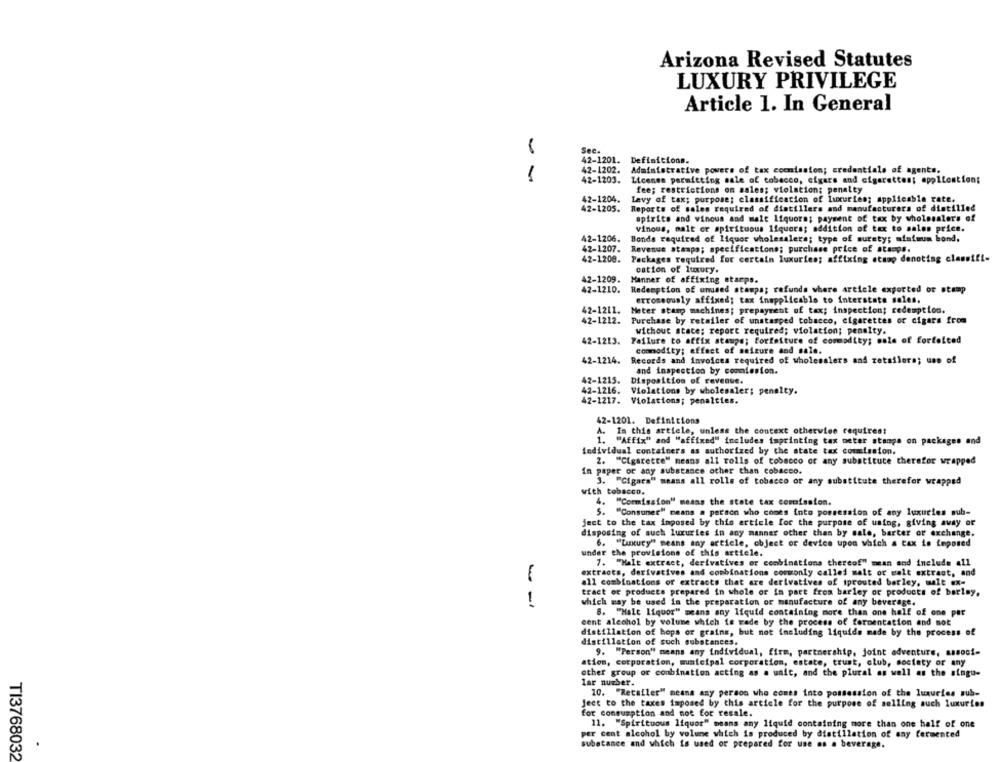
Arizona Revised Statutes
LUXURY PRIVILEGE
Article 1. In General
Sec.
42-1201. Definitions.
42-1202.
Administrative powers of tax commission; credentials of agents,
42-1203.
License permitting sale of tobacco, cigars and cigarettes; application;
fee; restrictions on sales; violation; penalty
42-1204.
Lavy of tax; purpose; classification of luxuries; applicable rate.
42-1205.
Reports of sales required of distillers and manufacturers of distilled
spirits and vinous and male liquore; payment of tax by wholesalers of
Vinous, malt or spirituous liquors; addition of tax to sales price.
42-1206.
Bonds required of liquor wholesalers; type of surety; afatmum bond.
42-1207. Revenue atampa; specifications; purchase price of ataops.
42-1200. Packages required for certain luxuries; affixing etang denoting classifi-
cation of luxury.
42-1209.
Manner of affixing starps.
42-1210. Redemption of unused stampa; refunds where article exported or stamp
erroneously affixed; tax inapplicable to interstate sales.
42-1211.
Meter stamp machines; prepayment of tax; inspection; redemption.
42-1212. Purchase by retailer of unstamped tobacco, cigarettes or cigars from
without stace; report required; violation; penalty.
42-1213. Failure to affix stampe; forfaiture of commodity; male of forfeited
commodity; effect of seizure and sale.
42-1214.
Records and invoices required of wholesalers and retailera; use of
and inspection by commission.
42-1215. Disposition of revenue.
42-1216. Violations by wholesaler; penalty.
42-1217. Violations; penalties.
42-1201. Definitions
A. In this article, unless the context otherwise requires:
1. "Affix" and "affixed" includes imprinting tax meter stange on packages and
Individual containers as authorized by the state tax commission.
2. "Cigarette" means all rolls of tobacco or any substitute therefor wrapped
In paper or any substance other than cobacco.
3. "Cigara" means all rolls of tobacco or any substitute therefor wrapped
with tobacco.
4. "Commission" means the state tax comission.
5. "Consumer" means a person who comes into possession of any luxuries sub-
ject to the tax imposed by this article for the purpose of using, giving away of
disposing of such luxuries in any manner other than by sale, barter or exchange.
6. "Luxury" means any article, object or device upon which a tax is imposed
under the provisions of this article.
7. "Malt extract, derivatives or combinations thereof" mean and include all
extracts, derivatives and combinations commonly called malt or malt extract, and
all combinations of extracts that are derivatives of sprouted barley, malt ex-
tract or products prepared in whole or in part from barley or products of barley.
--
which may be used in the preparation of manufacture of any beverage.
8. "Malt liquor" means any liquid containing more than one half of one par
cent alechol by volume which is made by the process of fermentation and not
distillation of hops or grains, but not including liquide made by the process of
distillation of such substances.
9. "Person" means any individual, firm, partnership, joint adventure, associ-
ation, corporation, municipal corporation, estate, trust, club, society or any
other group or combination acting as a unit, and the plural as well as the singu-
Iar number.
10. "Recaller" means any person who comes into possession of the luxuries sub-
Ject to the taxes imposed by this article for the purpose of selling auch luxuries
for consumption and not for resale.
11. "Spirituous liquor" means any liquid containing more than one half of one
per cent alcohol by volume which is produced by distillation of any fermented
substance and which is used or prepared for use os a beverage.
TI3768032